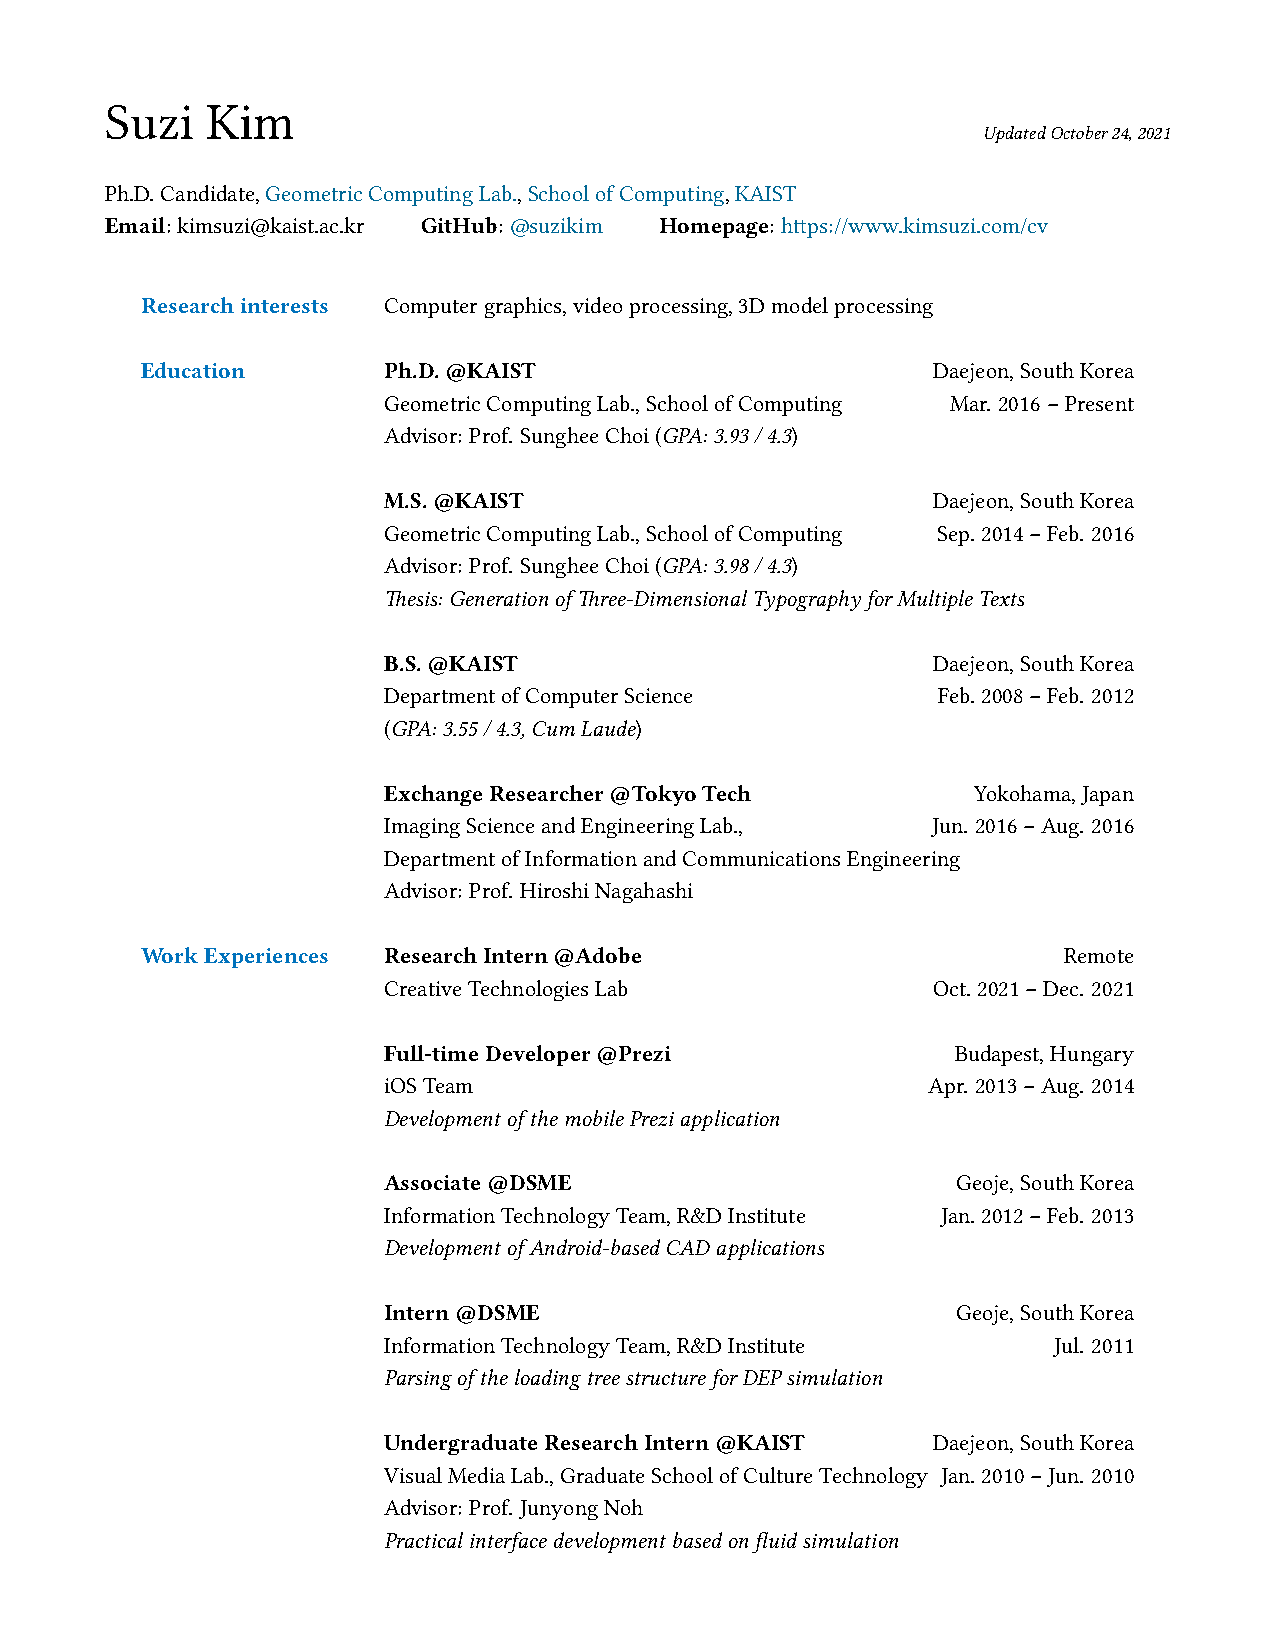
Suzi   Kim
 UpdatedOctober24,2021
 Ph.D.Candidate,GeometricComputingLab.,SchoolofComputing,KAIST
 Email: kimsuzi@kaist.ac.kr GitHub: @suzikim Homepage: https://www.kimsuzi.com/cv
 Researchinterests Computergraphics,videoprocessing,3Dmodelprocessing
 Education       Ph.D.@KAIST                          Daejeon,SouthKorea
 GeometricComputingLab.,SchoolofComputing Mar. 2016–Present
 Advisor: Prof. SungheeChoi(GPA:3.93/4.3)
 M.S.@KAIST                           Daejeon,SouthKorea
 GeometricComputingLab.,SchoolofComputing Sep. 2014–Feb. 2016
 Advisor: Prof. SungheeChoi(GPA:3.98/4.3)
 Thesis: GenerationofThree-DimensionalTypographyforMultipleTexts
 B.S.@KAIST                           Daejeon,SouthKorea
 DepartmentofComputerScience          Feb. 2008–Feb. 2012
 (GPA:3.55/4.3,CumLaude)
 ExchangeResearcher@TokyoTech            Yokohama,Japan
 ImagingScienceandEngineeringLab.,    Jun. 2016–Aug. 2016
 DepartmentofInformationandCommunicationsEngineering
 Advisor: Prof. HiroshiNagahashi
 WorkExperiences ResearchIntern@Adobe                         Remote
 CreativeTechnologiesLab              Oct. 2021–Dec. 2021
 Full-timeDeveloper@Prezi              Budapest,Hungary
 iOSTeam                              Apr. 2013–Aug. 2014
 DevelopmentofthemobilePreziapplication
 Associate@DSME                        Geoje,SouthKorea
 InformationTechnologyTeam,R&DInstitute Jan. 2012–Feb. 2013
 DevelopmentofAndroid-basedCADapplications
 Intern@DSME                           Geoje,SouthKorea
 InformationTechnologyTeam,R&DInstitute       Jul. 2011
 ParsingoftheloadingtreestructureforDEPsimulation
 UndergraduateResearchIntern@KAIST    Daejeon,SouthKorea
 VisualMediaLab.,GraduateSchoolofCultureTechnology Jan. 2010–Jun. 2010
 Advisor: Prof. JunyongNoh
 Practicalinterfacedevelopmentbasedonfluidsimulation